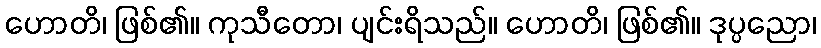
ဟောတိ၊ ဖြစ်၏။ ကုသီတော၊ ပျင်းရိသည်။ ဟောတိ၊ ဖြစ်၏။ ဒုပ္ပညော၊